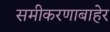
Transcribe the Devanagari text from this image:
समीकरणाबाहेर